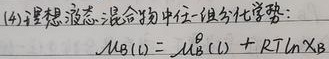
(4) 理想液态混合物中任一组分化学势:
\[ \mu_{\text{B}}(l)=\mu_{\text{B}}^{\theta}(l)+RT\ln x_{\text{B}} \]